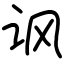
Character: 讽